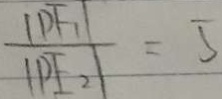
\frac { \vert P F _ { 1 } \vert } { \vert P F _ { 2 } \vert } = 5